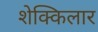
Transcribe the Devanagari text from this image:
शेक्किलार